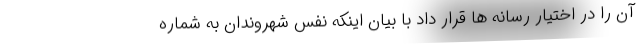
آن را در اختیار رسانه ها قرار داد با بیان اینکه نفس شهروندان به شماره